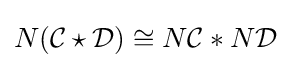
N({\mathcal {C}}\star {\mathcal {D}})\cong N{\mathcal {C}}*N{\mathcal {D}}